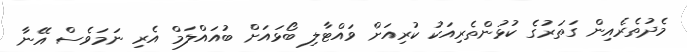
މެދުތެރެއިން ގަތަރުގެ ކުޅުންތެރިއަކު ކުރިއަށް ވައްޓާލި ބޯޅައަށް ބުއައްލަމް އެރި ނަމަވެސް އޭނާ